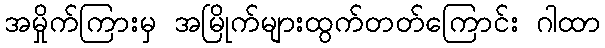
အမှိုက်ကြားမှ အမြိုက်များထွက်တတ်ကြောင်း ဂါထာ